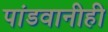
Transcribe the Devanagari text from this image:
पांडवानीही